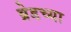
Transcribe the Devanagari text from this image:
ब्रेडच्या